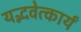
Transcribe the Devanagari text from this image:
यद्भवेत्कार्यं